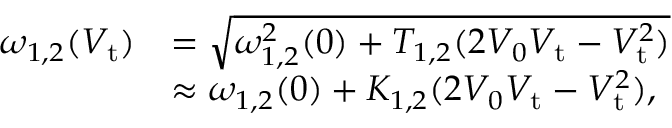
\begin{array} { r l } { \omega _ { 1 , 2 } ( V _ { \mathrm { t } } ) } & { = \sqrt { \omega _ { 1 , 2 } ^ { 2 } ( 0 ) + T _ { 1 , 2 } ( 2 V _ { 0 } V _ { \mathrm { t } } - V _ { \mathrm { t } } ^ { 2 } ) } } \\ & { \approx \omega _ { 1 , 2 } ( 0 ) + K _ { 1 , 2 } ( 2 V _ { 0 } V _ { \mathrm { t } } - V _ { \mathrm { t } } ^ { 2 } ) , } \end{array}